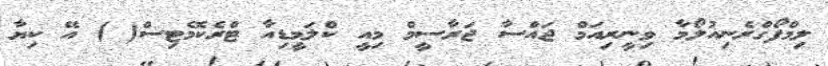
ލިމްފޯގްރެނިއުލޯމާ ވިނީރިއަމް ޖައްސާ ޖަރާސީމް މިއީ ކްލަމީޑިއާ ޓްރެކޮމެޓިސް( ) އޭ ކިޔާ